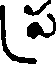
ప